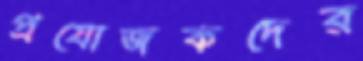
প্রযোজকদের